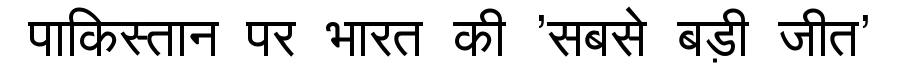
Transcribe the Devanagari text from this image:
पाकिस्तान पर भारत की 'सबसे बड़ी जीत'